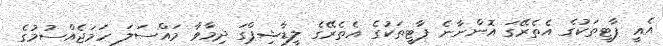
އެއީ ޕާޓީތަކުގެ އެތެރޭގަ އޮންނާނެ ޕާޓީތަކުގެ އެތެރޭގެ ލީޑާޝިޕްގަ ދިމާވާ މައްސަލަ ހަމަޖެއްސުމުގެ